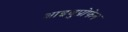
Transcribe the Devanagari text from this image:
आइबुप्रोफेन